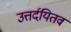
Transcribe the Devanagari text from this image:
उत्तर्दयितव